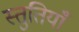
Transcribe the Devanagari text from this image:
स्‍तुतियाँ